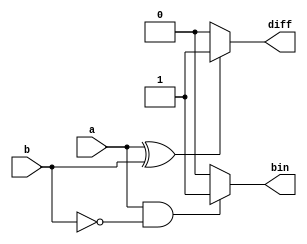
module halfSub (
    a, b, diff, bin
);   

input a, b;
output diff, bin;
reg diff, bin;

always @(a or b or diff or bin) begin
    if(a == 1'b1 ^ b == 1'b1)
        diff = 1'b1;
    else
        diff = 1'b0;

    if(a == 1'b1 && b == 1'b0)
        bin = 1'b1;
    else
        bin = 1'b0;
    
end
    
endmodule